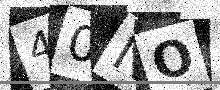
Text: 40NO